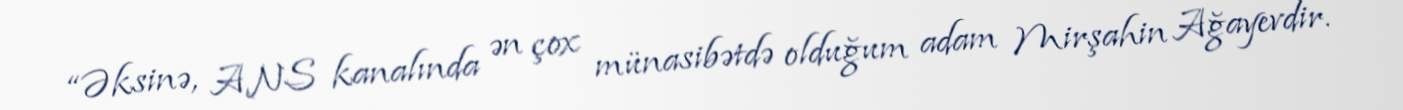
“Əksinə, ANS kanalında ən çox münasibətdə olduğum adam Mirşahin Ağayevdir.